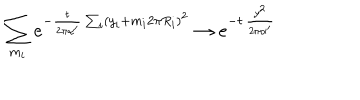
LaTeX: \sum _ { m _ { i } } e ^ { - { \frac { t } { 2 \pi \alpha ^ { \prime } } } \sum _ { i } ( y _ { i } + m _ { i } 2 \pi R _ { i } ) ^ { 2 } } \rightarrow e ^ { - t \, { \frac { y ^ { 2 } } { 2 \pi \alpha ^ { \prime } } } }